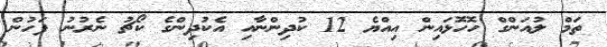
ތަމް ލުއަންގް ހޮހޮޅައިން އިއްޔެ 12 ކުދިންނާއި އެކުދިންގެ ކޯޗު ނެރުނު ފަހުން